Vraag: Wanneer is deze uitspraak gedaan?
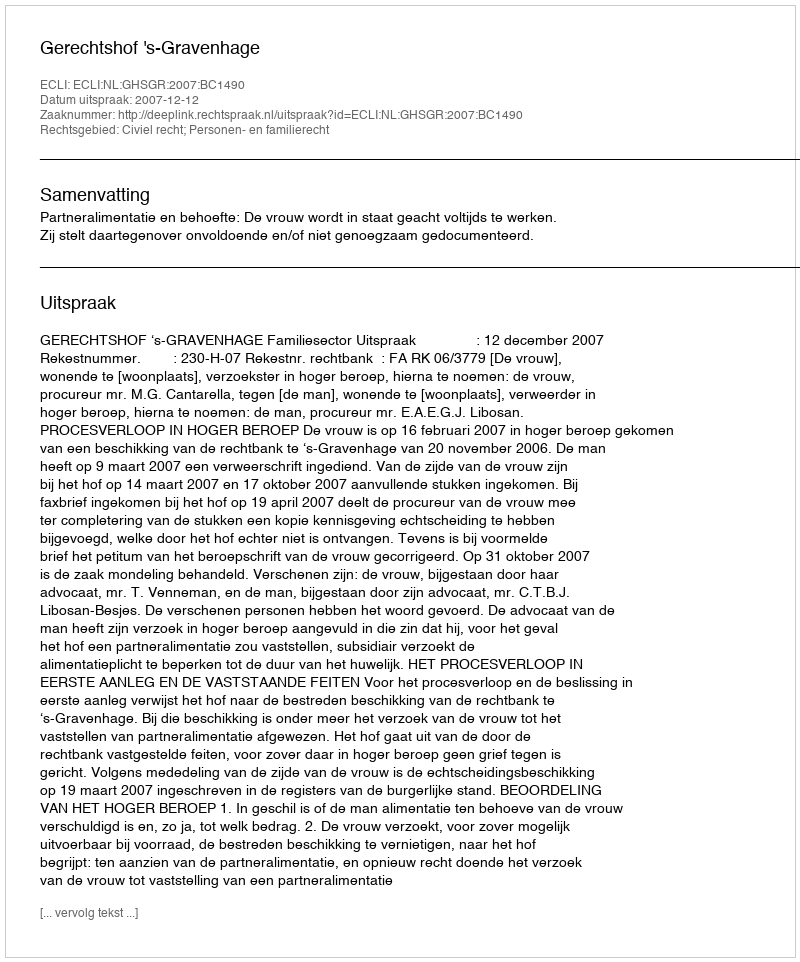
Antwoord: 2007-12-12